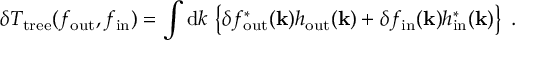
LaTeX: \delta T _ { \mathrm { t r e e } } ( f _ { \mathrm { o u t } } , f _ { \mathrm { i n } } ) = \int \mathrm { d } k \, \left\{ \delta f _ { \mathrm { o u t } } ^ { * } ( { \bf k } ) h _ { \mathrm { o u t } } ( { \bf k } ) + \delta f _ { \mathrm { i n } } ( { \bf k } ) h _ { \mathrm { i n } } ^ { * } ( { \bf k } ) \right\} \ .